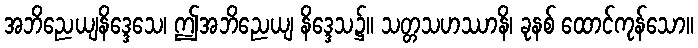
အဘိညေယျနိဒ္ဒေသေ၊ ဤအဘိညေယျ နိဒ္ဒေသ၌။ သတ္တသဟဿာနိ၊ ခုနစ် ထောင်ကုန်သော။